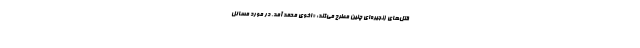
قتل‌های زنجیره‌ای چنین مطرح می‌کند: «اخوى محمد آمد. در مورد مسائل